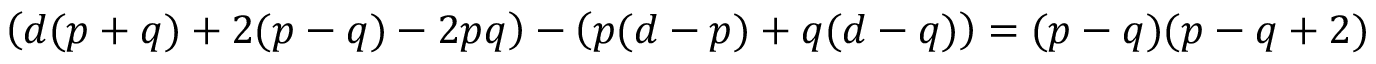
\left( d ( p + q ) + 2 ( p - q ) - 2 p q \right) - \left( p ( d - p ) + q ( d - q ) \right) = ( p - q ) ( p - q + 2 )